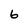
Character: 6